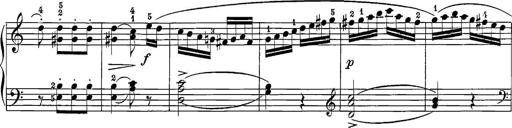
Title: 12 Sonatine per Pianoforte
Composer: Friedrich Kuhlau